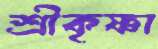
শ্রীকৃষ্ণা